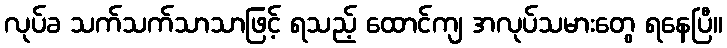
လုပ်ခ သက်သက်သာသာဖြင့် ရသည့် ထောင်ကျ အလုပ်သမားတွေ ရနေပြီ။